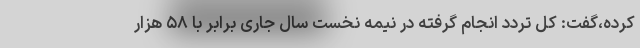
کرده،گفت: کل تردد انجام گرفته در نیمه نخست سال جاری برابر با ۵۸ هزار